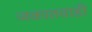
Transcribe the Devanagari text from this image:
जकातवाडी